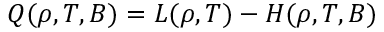
Q ( \rho , T , B ) = { \cal L } ( \rho , T ) - { \cal H } ( \rho , T , B )